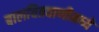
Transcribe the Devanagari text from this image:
बालचित्रवाणीमध्ये